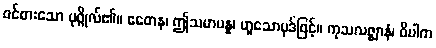
ဝင်စားသော ပုဂ္ဂိုလ်၏။ ဧတေန၊ ဤသမာပန္န၊ ဟူသောပုဒ်ဖြင့်။ ကုသလဇ္ဈာနံ၊ ဝိပါက